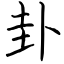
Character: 卦